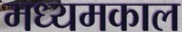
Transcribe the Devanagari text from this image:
मध्यमकाल